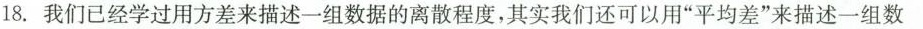
18.我们已经学过用方差来描述一组数据的离散程度，其实我们还可以用“平均差”来描述一组数